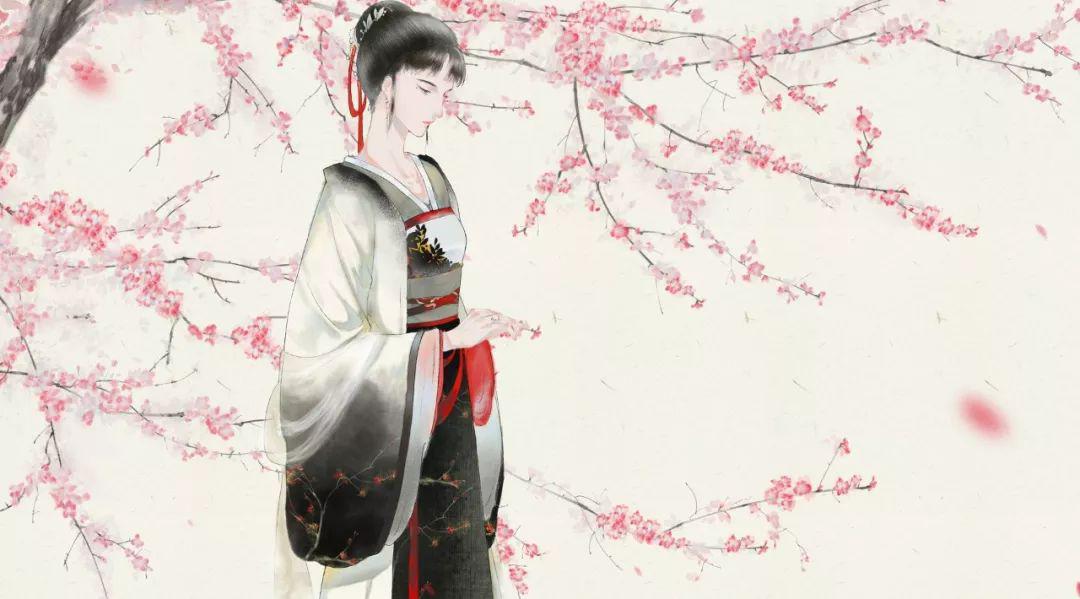
辜负我，悔怜君，告天天不闻。